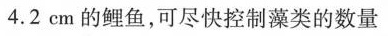
4.2em的鲤鱼，可尽快控制藻类的数量